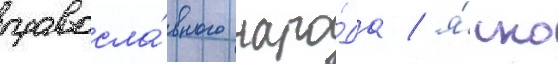
правосла́вного наро́да / я́сно